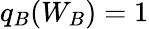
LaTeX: q_{B}(W_{B})=1